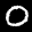
Label: 0